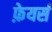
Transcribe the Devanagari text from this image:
फ़ेयर्स